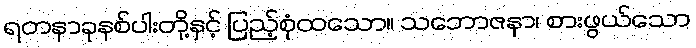
ရတနာခုနစ်ပါးတို့နှင့် ပြည့်စုံထသော။ သဘောဇနာ၊ စားဖွယ်သော